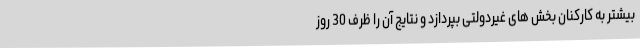
بیشتر به کارکنان بخش های غیردولتی بپردازد و نتایج آن را ظرف 30 روز